Report on vaccination North-West Frontier Province 1904-1922 - 1904-1922
Year: 1904
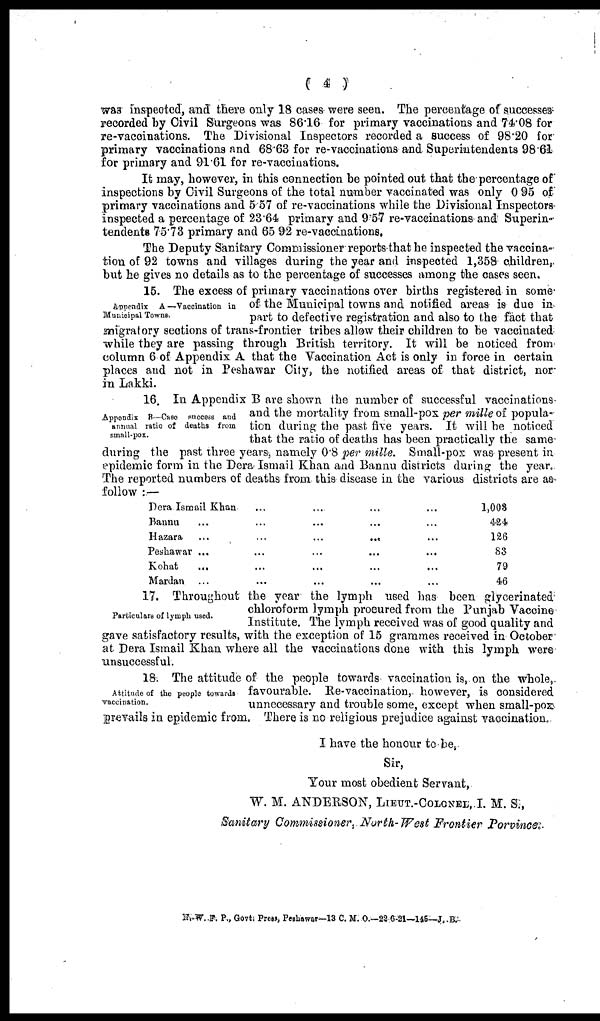
( 4 )
was inspected, and there only 18 cases were seen. The percentage of successes
recorded by Civil Surgeons was 86.16 for primary vaccinations and 74.08 for
re-vaccinations. The Divisional Inspectors recorded a success of 98.20 for
primary vaccinations and 68.63 for re-vaccinations and Superintendents 98.61
for primary and 91.61 for re-vaccinations.
It may, however, in this connection be pointed out that the percentage of
inspections by Civil Surgeons of the total number vaccinated was only 0.95 of
primary vaccinations and 5.57 of re-vaccinations while the Divisional Inspectors
inspected a percentage of 23.64 primary and 9.57 re-vaccinations and Superin-
tendents 75.73 primary and 65.92 re-vaccinations.
The Deputy Sanitary Commissioner reports that he inspected the vaccina¬
tiou of 92 towns and villages during the year and inspected 1,358 children,
but he gives no details as to the percentage of successes among the cases seen.
Appendix A —Vaccination in
Municipal Towns.
16. The excess of primary vaccinations over births registered in some
of the Municipal towns and notified areas is due in
part to defective registration and also to the fact that
migratory sections of trans-frontier tribes allow their children to be vaccinated
while they are passing through British territory. It will be noticed from
column 6 of Appendix A that the Vaccination Act is only in force in certain
places and not in Peshawar City, the notified areas of that district, nor
in Lakki.
16. In Appendix B are shown the number of successful vaccinations
and the mortality from small-pox per mille of popula-
tion during the past five years. It will be noticed
that the ratio of deaths has been practically the same
during the past three years, namely 0.8 per mille. Small-pox was present in
epidemic form in the Dera Ismail Khan and Bannu districts during the year.
The reported numbers of deaths from this disease in the various districts are as
follow : —
Appendix B—Case success and
annual ratio of deaths from
small-pox.
Dera Ismail Khan ... ... ... ...
Baunu ... ... ... ... ...
Hazara
...
...
...
... ...
Peshawar ... ... ... ... ...
Kohat
... ... ... ... ...
Mardan ... ... ... ... ...
1,003
424
126
83
79
46
Particulars of lymph used.
17. Throughout the year the lymph used has been glycerinated
chloroform lymph procured from the Punjab Vaccine
Institute. The lymph received was of good quality and
gave satisfactory results, with the exception of 15 grammes received in October
at Dera Ismail Khan where all the vaccinations done with this lymph were
unsuccessful.
Attitude of the people towards
vaccination.
18. The attitude of the people towards vaccination is, on the whole,
favourable. Re-vaccination, however, is considered
unnecessary and trouble some, except when small-pox
prevails in epidemic from. There is no religious prejudice against vaccination.
I have the honour to be,
Sir,
Your most obedient Servant,
W. M. ANDERSON, LIEUT.-COLONEL, I. M. S.,
Sanitary Commissioner, North- West Frontier Porvince.
N,-W.F. P., Govt. Press, Peshawar—13 C. M. O.—22-6-21—146—J.R.